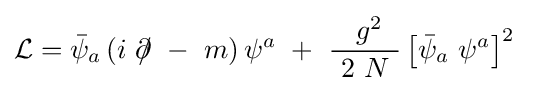
{\mathcal {L}}={\bar {\psi }}_{a}\left(i\ \partial \!\!\!/\ -\ m\right)\psi ^{a}\ +\ {\frac {\ g^{2}}{\ 2\ N\ }}\left[{\bar {\psi }}_{a}\ \psi ^{a}\right]^{2}\